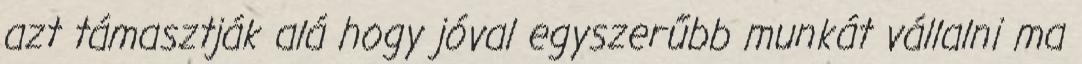
azt támasztják alá hogy jóval egyszerűbb munkát vállalni ma